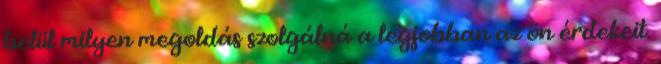
belül milyen megoldás szolgálná a legjobban az ön érdekeit.